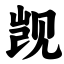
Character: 觊